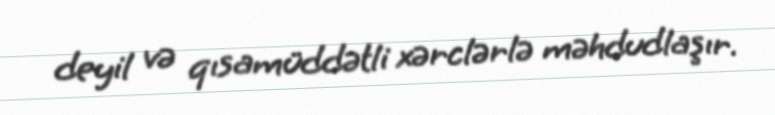
deyil və qısamüddətli xərclərlə məhdudlaşır.